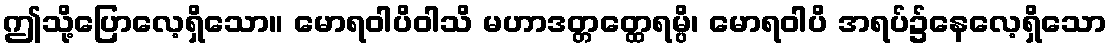
ဤသို့ပြောလေ့ရှိသော။ မောရဝါပိဝါသိ မဟာဒတ္တတ္ထေရမ္ပိ၊ မောရဝါပိ အရပ်၌နေလေ့ရှိသော